Vaccine operations Central Provinces 1868-1885 - 1868-1885
Year: 1868
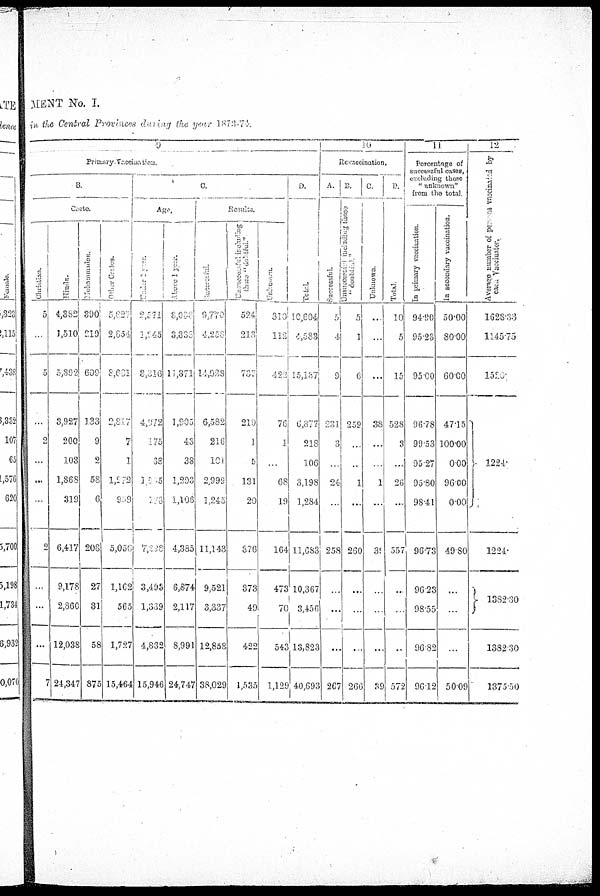
MENT No. I.
in the Central Provides during the year 1873-74.
9
Primary-Vaccination.
Christian.
5
...
5
…
2
...
...
...
9
...
...
...
7
B.
Caste.
Hindu.
4,382
3,510
5,802
3,927
200
103
1,868
319
6,417
9,178
2,860
12,038
24,347
Mohammadas
390
219
609
133
9
2
58
6
208
27
31
58
875
Other Casts.
5,821
2,854
8,631
2,817
7
1
1,272
909
5,050
1,162
565
1,727
15,464
C.
Age.
Under
1
year.
2,571
1,445
3,316
4,072
175
38
125
178
7,338
3,493
1,339
4,832
15,946
Above
1
year.
8,099
3,333
15,371
1,905
43
38
1,293
1,106
4,385
6,874
2,117
8,991
24,747
Results.
Successful
9,770
4,258
14,028
6,582
216
101
2,999
1,245
11,143
9,521
3,337
12,858
38,029
Unsuccessful including
those
"doubtful"
524
213
732
219
1
5
131
20
876
373
49
422
1,535
Unknown
310
112
429
76
1
...
68
19
164
473
70
543
1,129
D.
Total.
10,604
4,583
15,187
6,877
218
106
3,198
1,284
11,683
10,367
3,456
13,823
40,692
10
Revaccination.
A.
Sucesssful.
5
4
9
231
3
…
24
...
258
...
...
...
267
B.
Unsuccessful
including Those
5
1
6
259
...
...
1
...
260
...
...
...
266
C.
Unknown.
...
...
...
38
...
…
1
...
39
...
...
...
39
D.
Total.
10
5
15
528
3
...
26
...
557
...
...
...
572
11
Percentage of
successful cases,
excluding those
"unknown"
from the total.
In primary vaccination.
94.90
95.23
95.00
96.78
99.53
95.27
95.80
98.41
96.73
96.23
98.55
96.82
96.12
In secondary vaccination.
50.00
80.00
60.00
47.15
100.00
0.00
96.00
0.00
49.80
...
...
...
50.09
12
Average number of persons Vaccinated by
each Vaccinator.
1628.33
1145.75
1520.
1224.
1224.
1382.30
1382.30
1375.50